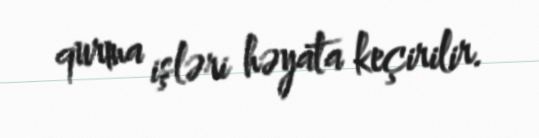
qurma işləri həyata keçirilir.